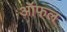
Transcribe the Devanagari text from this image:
ऑफल